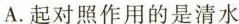
A.起对照作用的是清水